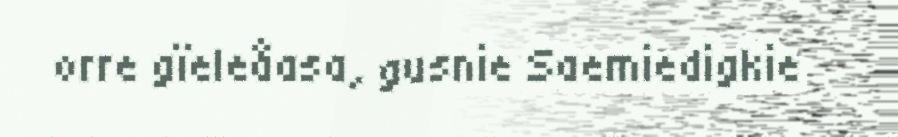
orre gïeleåasa, gusnie Saemiedigkie